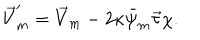
LaTeX: \vec { V } _ { m } ^ { \prime } = \vec { V } _ { m } - 2 \kappa \bar { \psi } _ { m } \vec { \tau } \chi .